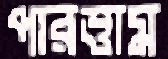
পারত্তাম